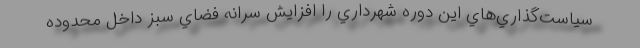
سياست‌گذاري‌هاي اين دوره شهرداري را افزايش سرانه فضاي سبز داخل محدوده